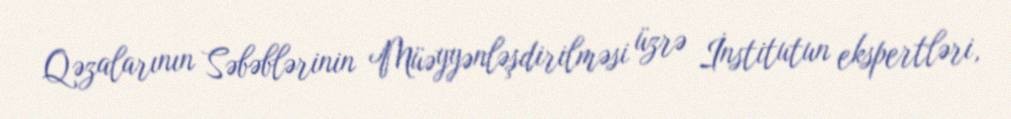
Qəzalarının Səbəblərinin Müəyyənləşdirilməsi üzrə İnstitutun ekspertləri,